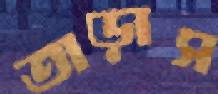
তাড়াস